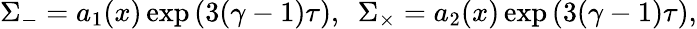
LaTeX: \Sigma_{-}=a_{1}(x)\exp{(3(\gamma-1)\tau)},~~\Sigma_{\times}=a_{2}(x)\exp{(3(\gamma-1)\tau)},